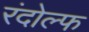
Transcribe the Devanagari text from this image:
रंदोल्फ